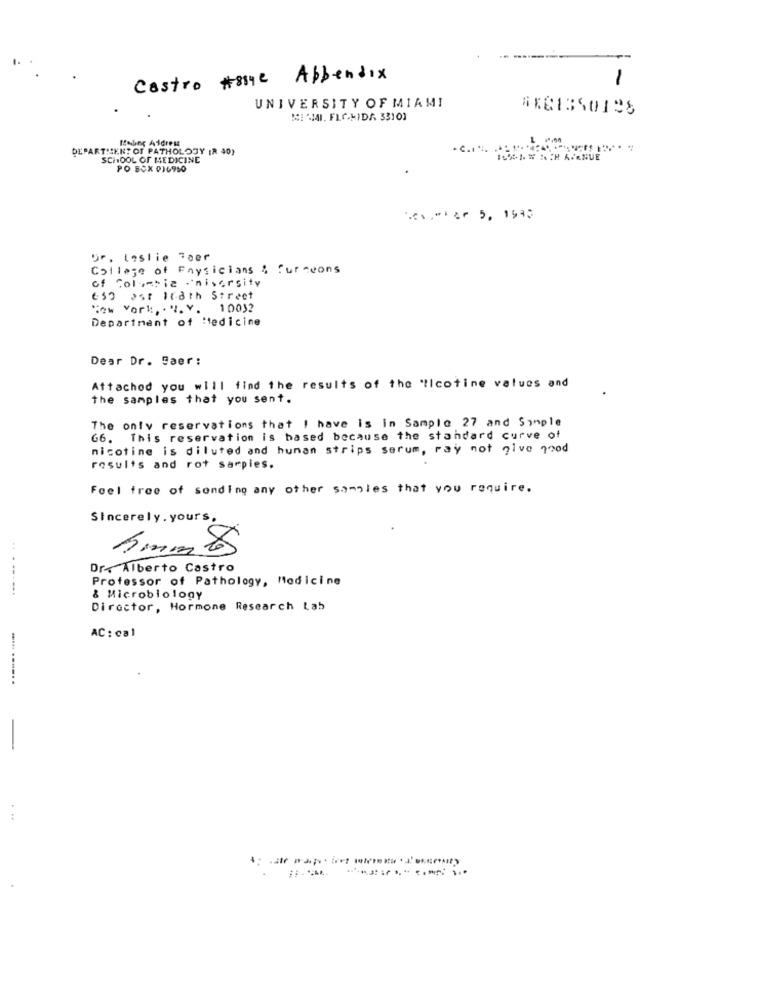
Castro #819e Appendix
1
UNIVERSITY OF MIAMI
MI "SAI. FICKIDA 33101
Bobine Aidress
DEPARTMENT OF PATHOLOGY (R 40)
SCHOOL OF MEDICINE
1090 1. W NIH AVENUE
PO BOX PICOLO
.¿ ⑈ 5, 1542
Dr. Leslie Taer
College of Physicians & Curseons
of Columbia university
650 55: 118th Street
"ew York, . "I. V.
1 0032
Department of Medicine
Dear Dr. Daer:
Attached you will find the results of the 'llcotine values and
the samples that you sent.
The only reservations that I have is in Sample 27 and Simple
G6. This reservation is based because the standard curve of
nicotine is diluted and hunan strips serum, ray not give 790d
results and rot samples.
Feel free of sending any other samples that you require.
Sincerely . yours,
Dr. Alberto Castro
Professor of Pathology, Medicine
& Microbiology
Director, Hormone Research Lab
AC : cal
...